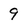
Character: 9